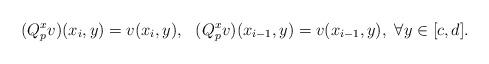
LaTeX: \begin{align*} (Q^x_pv)(x_i,y)=v(x_i,y),\ \ (Q^x_pv)(x_{i-1},y)=v(x_{i-1},y),\ \forall y\in[c,d].\end{align*}